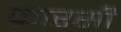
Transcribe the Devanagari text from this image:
फ्रारसी